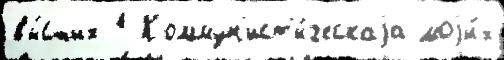
вы́сших 1 Коммун'ист'и́ческаjа моjи́х